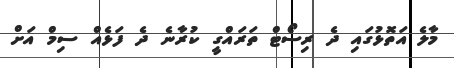
މާލެ އަތޮޅުގައި ދެ ރިސޯޓް ތަރައްގީ ކުރާނެ ދެ ފަޅެއް ސިމް އަށް